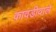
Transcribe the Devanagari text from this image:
कावडीवाले